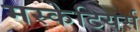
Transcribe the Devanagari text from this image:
मस्केटियर्स